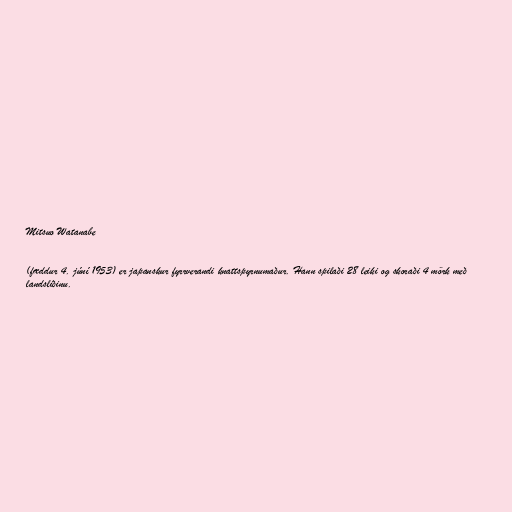
Mitsuo Watanabe

(fæddur 4. júní 1953) er japanskur fyrrverandi knattspyrnumaður. Hann spilaði 28 leiki og skoraði 4 mörk með
landsliðinu.